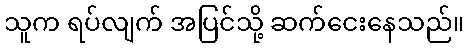
သူက ရပ်လျက် အပြင်သို့ ဆက်ငေးနေသည်။